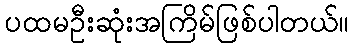
ပထမဦးဆုံးအကြိမ်ဖြစ်ပါတယ်။